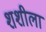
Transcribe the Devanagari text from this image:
शशीला